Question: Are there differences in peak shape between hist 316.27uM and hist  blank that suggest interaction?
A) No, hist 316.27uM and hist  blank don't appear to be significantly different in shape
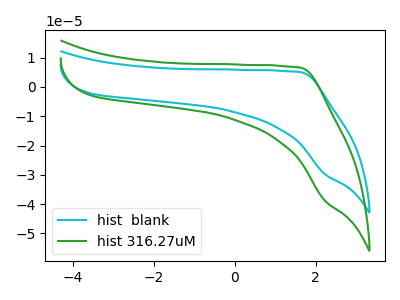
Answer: <think>The cyan curve "hist  blank" has no peaks. The green curve "hist 316.27uM" has no peaks.
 Neither "hist 316.27uM" or "hist  blank" have any peaks.</think>
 <answer>A) No, "hist 316.27uM" and "hist  blank" don't appear to be significantly different in shape</answer>
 <eval>A</eval>